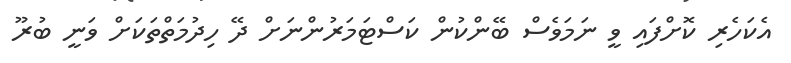
އެކަހެރި ކޮށްފައި ވީ ނަމަވެސް ބޭންކުން ކަސްޓަމަރުންނަށް ދޭ ހިދުމަތްތަކަށް ވަނީ ބުރޫ